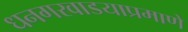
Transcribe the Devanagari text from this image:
धनगरवाडयाप्रमाणे